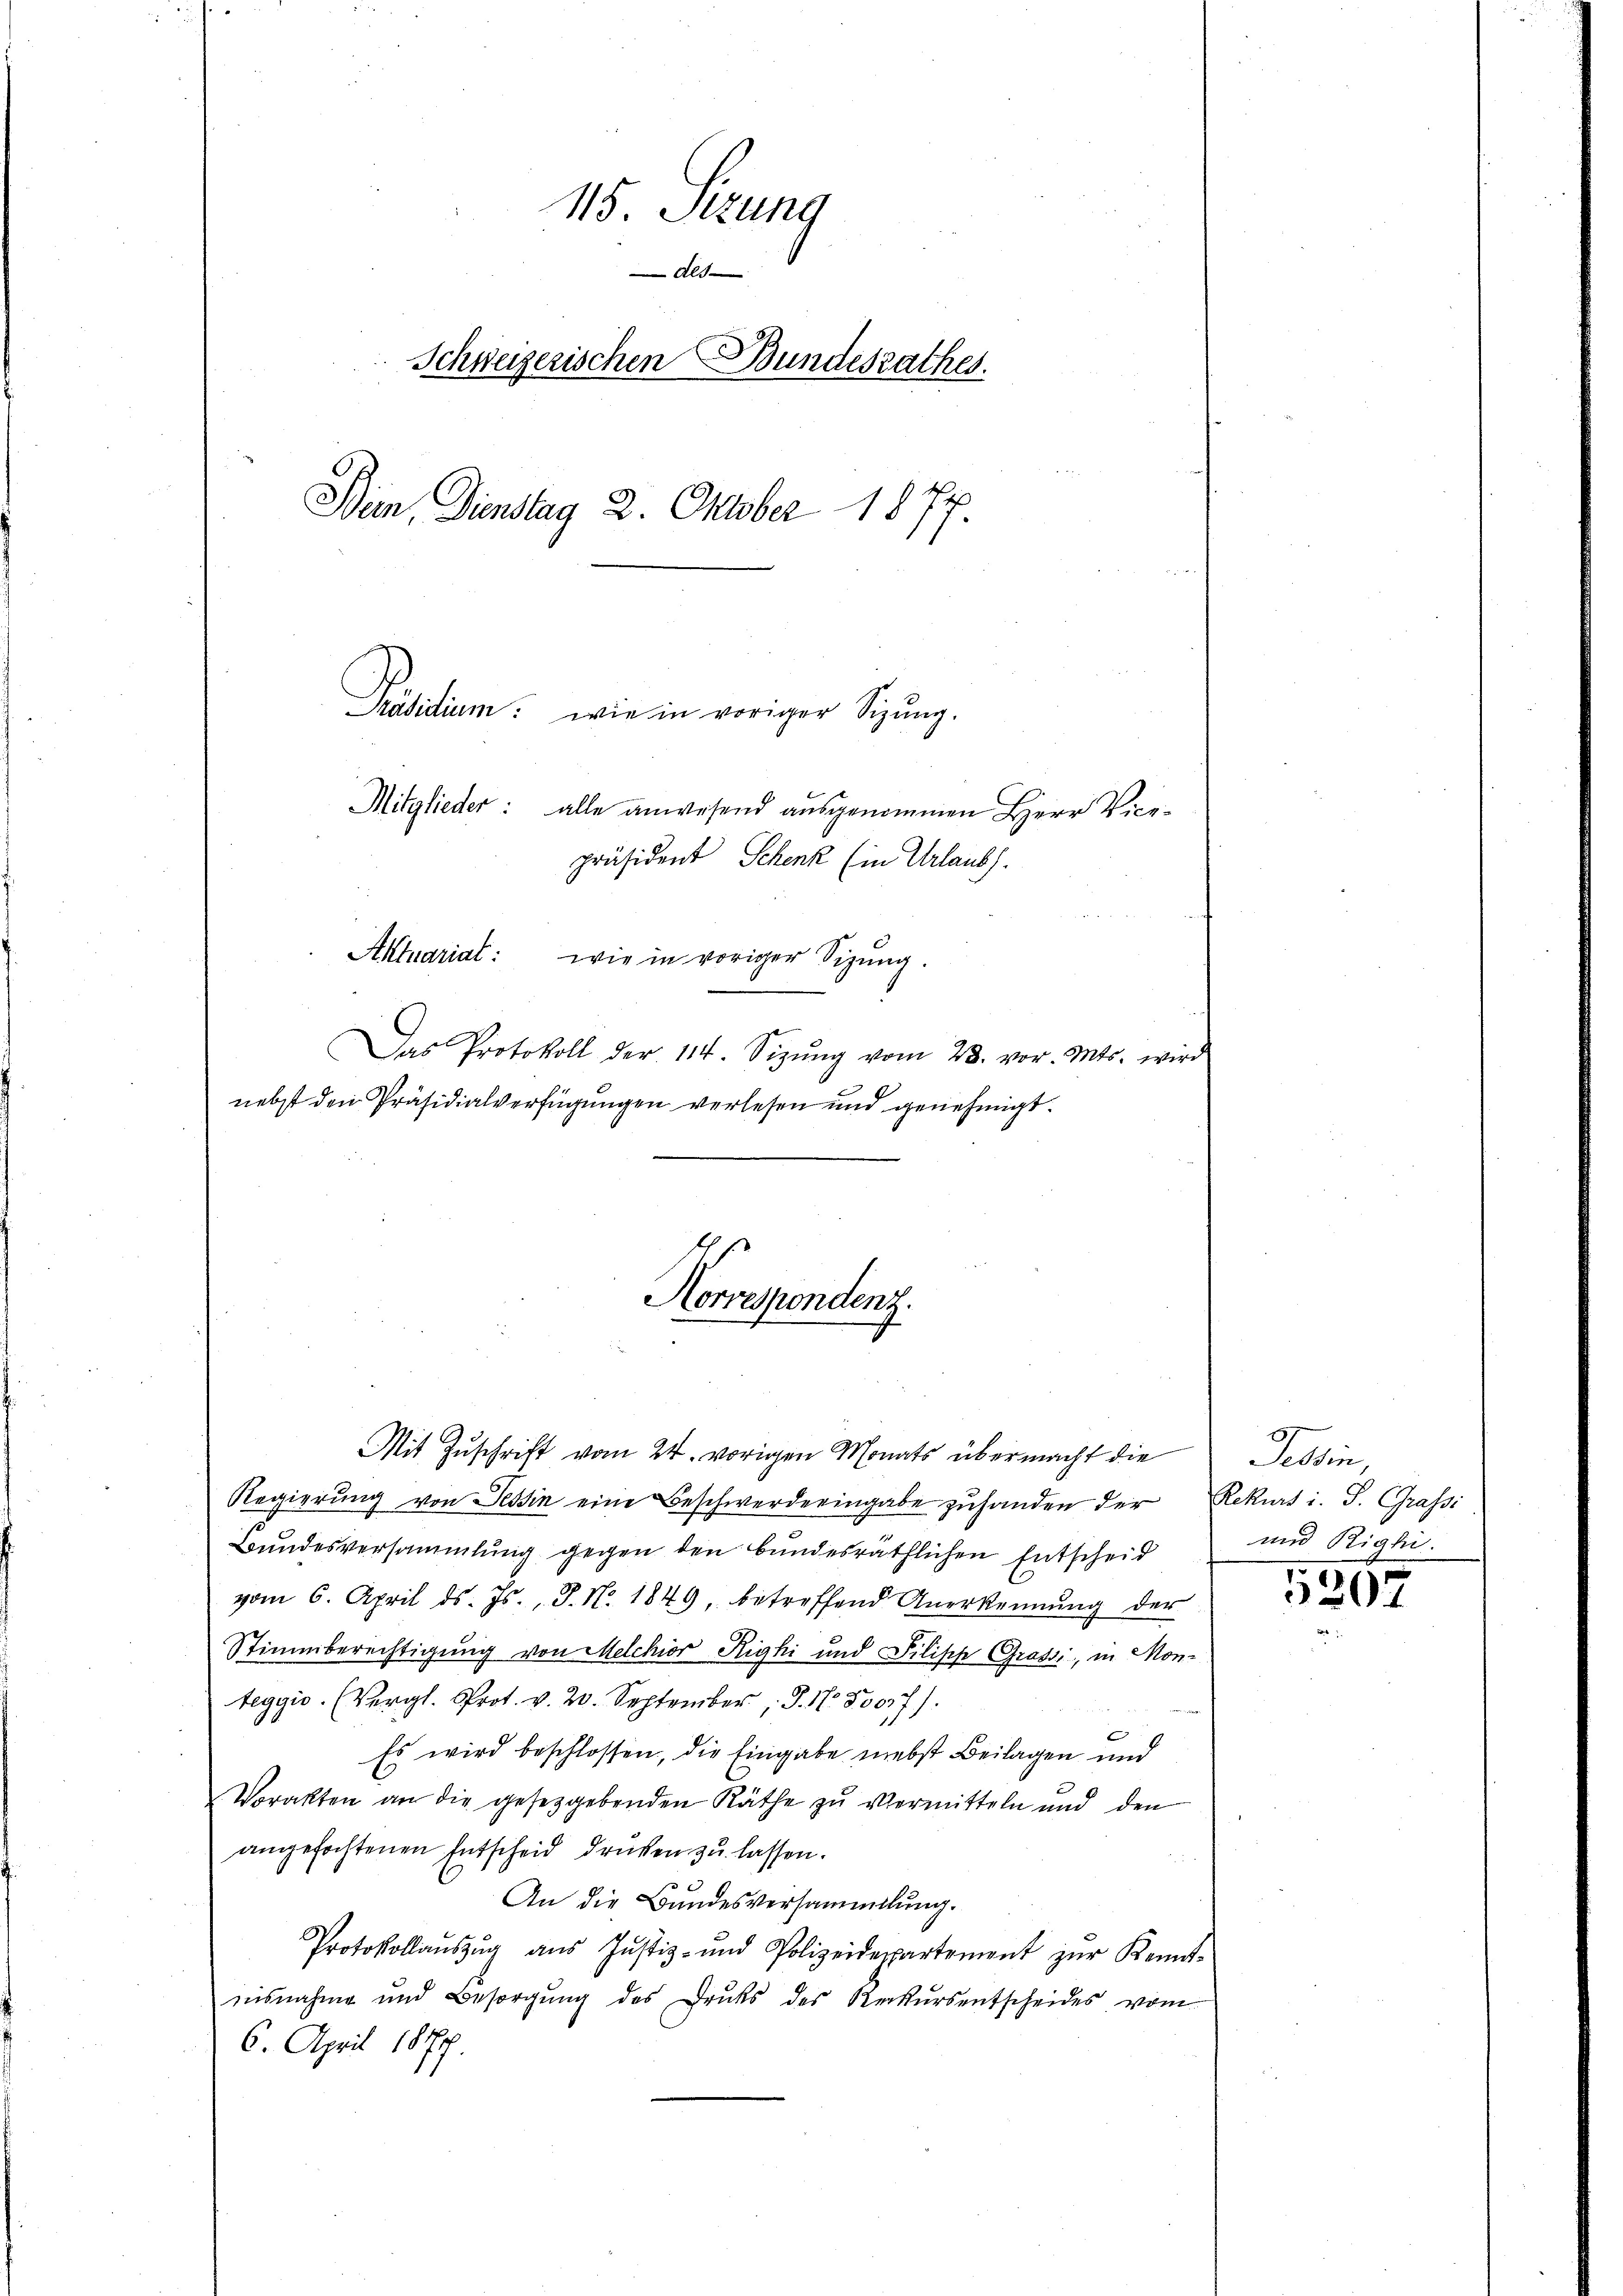
115. Sizung
Als
Schweizerischen Bundesrathes.
Bin, Dienstag 2. Oktober 1877.
Präsidium: wie in voriger Sigŭng.
Mitglieder: alle anwesend ausgenommen Herr Vicepräsident Schenk (in Urlaubs.
Aktuariat: wie in voriger Sizung.
Das Protokoll der 114. Sizŭng vom 28. vor. Mts. wird
nebst den Präsidialverfügungen verlesen und genehmigt.

Mit Zuschrift vom 24. vorigen Monats übermacht die
Bundesversammlung gegen den bundesräthlichen Entscheid
vom 6. April d. Js., J. N. 1849, betreffend Anerkennung der
Stimmberechtigung von Melchior Righi und Dilische Grossi, in Monteggis. (Vergl. Prot. v. 20. September, P. Nr. 80017).
Es wird beschlossen, die Eingabe nebst Beilagen und
Vorakten an die gesetzgebenden Räthe zu vermitteln und den
angefochtenen Entscheid drüken zu lassen.
An die Bundesversammlung.
Protokollaŭszŭg aŭs Jŭstiz- und Polizeidepartement zŭr Kennt-
nisnahme und Besorgŭng des Drucks des Rekŭrsentscheides vom
6. April 1877.

Horrespondenz.

Regierŭng von Tessin eine Beschwerde eingabe zŭ handen der Rekurs i. S. Grassi

Tessin,
und Rigli.

1267